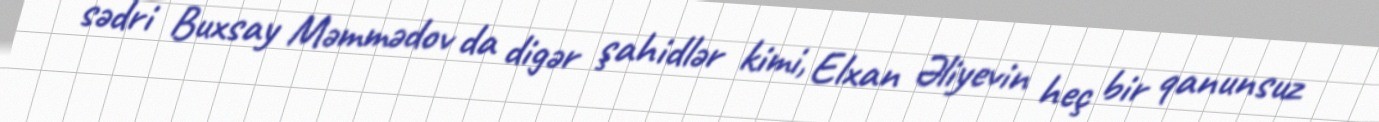
sədri Buxsay Məmmədov da digər şahidlər kimi, Elxan Əliyevin heç bir qanunsuz